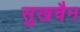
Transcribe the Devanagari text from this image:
सुखचैन